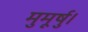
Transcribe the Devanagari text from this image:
मुमूर्षु।